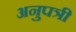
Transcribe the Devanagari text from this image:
अनुपत्री